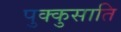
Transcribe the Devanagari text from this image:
पुक्कुसाति